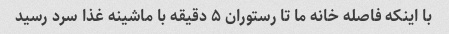
با اینکه فاصله خانه ما تا رستوران ۵ دقیقه با ماشینه غذا سرد رسید